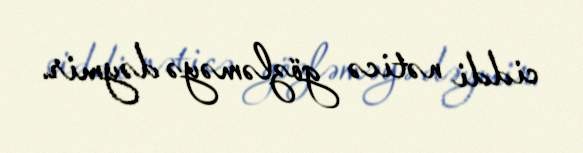
ciddi nəticə gözləməyə dəymir.